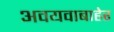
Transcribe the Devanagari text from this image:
अवयवाबाहेर